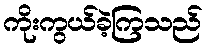
ကိုးကွယ်ခဲ့ကြသည်